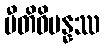
ပီတိဝိပန္နဿ